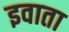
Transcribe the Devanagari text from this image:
इवाता